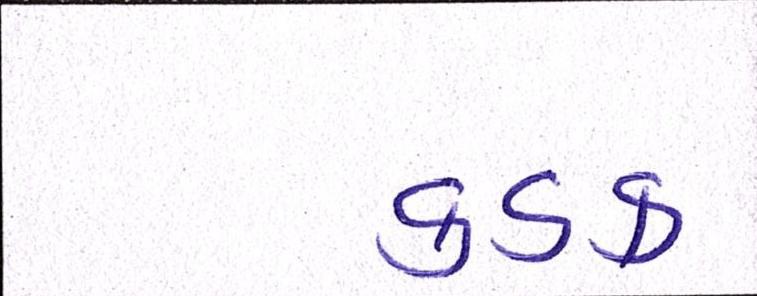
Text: કડક